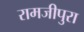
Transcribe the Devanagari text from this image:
रामजीपुरा